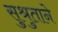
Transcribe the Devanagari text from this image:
सुश्रुताने